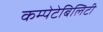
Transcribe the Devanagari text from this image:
कम्पेटेबिलिटी